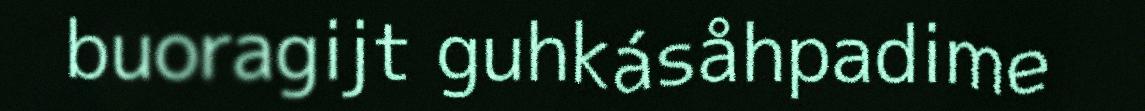
buoragijt guhkásåhpadime